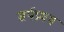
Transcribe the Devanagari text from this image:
सर्पप्रथम